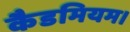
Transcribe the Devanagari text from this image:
कैडमियम।